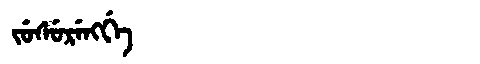
Manchu: ᠵᡠᠰᡠᡵᡝᠩᡤᡝ
Romanization: JUSURENGGE